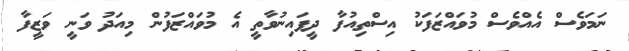
ނަމަވެސް އެއްވެސް މުވައްޒަފަކު އިސްތިއުފާ ދީފައިނުވާތީ އެ މުވައްޒަފުން މިއަދު ވަނީ ވަޒީފާ